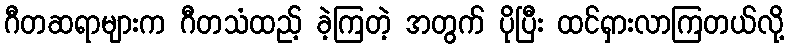
ဂီတဆရာများက ဂီတသံထည့် ခဲ့ကြတဲ့ အတွက် ပိုပြီး ထင်ရှားလာကြတယ်လို့